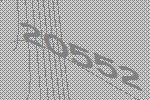
20552